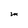
Character: M